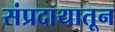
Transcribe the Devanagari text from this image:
संप्रदायातून